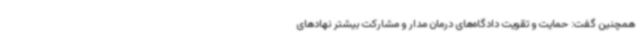
همچنین گفت: حمایت و تقویت دادگاه‌های درمان مدار و مشارکت بیشتر نهادهای